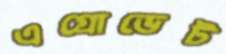
এগ্রোভেট